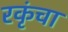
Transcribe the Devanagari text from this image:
रकृंचा